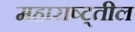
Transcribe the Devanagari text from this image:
महाराष्ट्तील